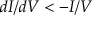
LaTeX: d I / d V < - I / V